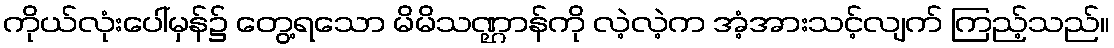
ကိုယ်လုံးပေါ်မှန်၌ တွေ့ရသော မိမိသဏ္ဌာန်ကို လဲ့လဲ့က အံ့အားသင့်လျက် ကြည့်သည်။